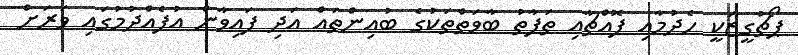
ޕޯޗުގީޒަކީ ހެދުމާއި ފޮއްޗާއި ތަފާތު ބާވަތްތަކުގެ ބުއިންތައް އަދި ފައިވާން އުފެއްދުމުގައި ވަރަށް